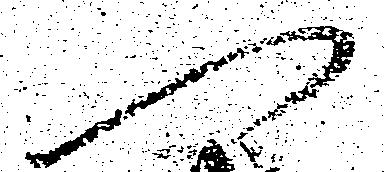
へ